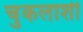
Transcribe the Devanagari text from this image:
चुकलाशी